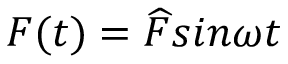
F ( t ) = { \widehat { F } } s i n \omega t